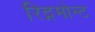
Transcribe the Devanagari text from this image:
रिद्गमोन्ट